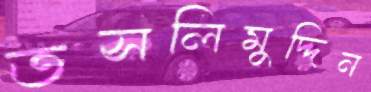
তসলিমুদ্দিন